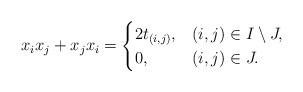
LaTeX: \begin{align*}x_i x_j+x_jx_i= \begin{cases} 2 t_{(i,j)}, & (i,j)\in I\setminus J,\\0, & (i,j)\in J.\end{cases}\end{align*}